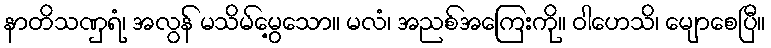
နာတိသဏှရံ၊ အလွန် မသိမ်မွေ့သော။ မလံ၊ အညစ်အကြေးကို။ ဝါဟေသိ၊ မျောစေပြီ။